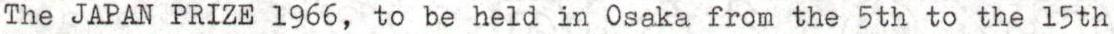
The JAPAN PRIZE 1966, to be held in Osaka from the 5th to the 15th